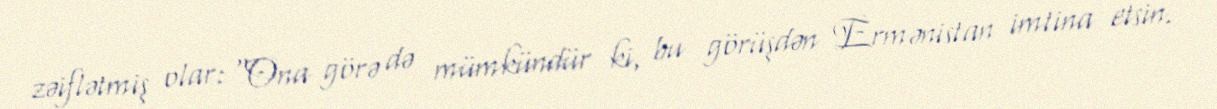
zəiflətmiş olar: "Ona görə də mümkündür ki, bu görüşdən Ermənistan imtina etsin.